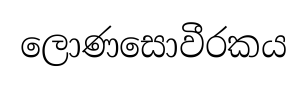
ලොණසොවීරකය